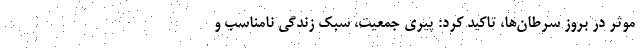
موثر در بروز سرطان‌ها، تاکید کرد: پیری جمعیت، سبک زندگی نامناسب و